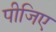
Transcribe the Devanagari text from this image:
पीजिए